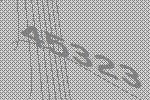
45323